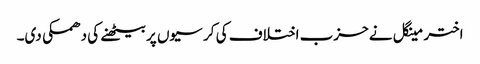
اختر مینگل نے حزب اختلاف کی کر سیوں پر بیٹھنے کی دھمکی دی۔